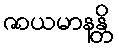
ဇာယမာနန္တိ